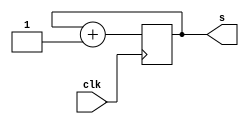
`timescale 1ns / 1ps
//////////////////////////////////////////////////////////////////////////////////
// Company: 
// Engineer: 
// 
// Design Name: 
// Module Name: counter_2bit
// Project Name: 
// Target Devices: 
// Tool Versions: 
// Description: 
// 
// Dependencies: 
// 
// Revision:
// Revision 0.01 - File Created
// Additional Comments:
// 
//////////////////////////////////////////////////////////////////////////////////


module counter_2bit(
    input clk,
    output reg [1:0] s
    );
   // reg s;
    always @(posedge clk)
    begin
    
    s=s+1'b1;
    end
    
endmodule